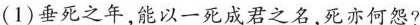
(1)垂死之年，能以一死成君之名，死亦何怨?